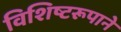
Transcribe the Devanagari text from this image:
विशिष्टरूपाने